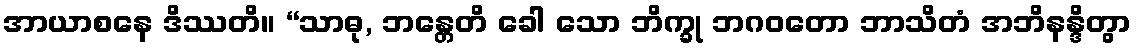
အာယာစနေ ဒိဿတိ။ “သာဓု, ဘန္တေတိ ခေါ သော ဘိက္ခု ဘဂဝတော ဘာသိတံ အဘိနန္ဒိတွာ